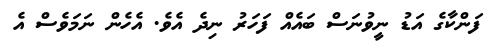
ފަންކާގެ އަޑު ނީވުނަސް ބައެއް ފަހަރު ނިދެ އެވެ. އެހެން ނަމަވެސް އެ